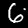
Digit: 6